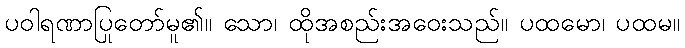
ပဝါရဏာပြုတော်မူ၏။ သော၊ ထိုအစည်းအဝေးသည်။ ပထမော၊ ပထမ။